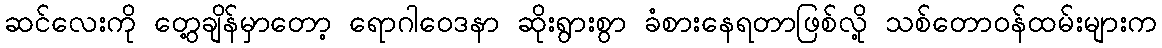
ဆင်လေးကို တွေ့ချိန်မှာတော့ ရောဂါဝေဒနာ ဆိုးရွားစွာ ခံစားနေရတာဖြစ်လို့ သစ်တောဝန်ထမ်းများက